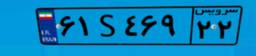
۶۱S۴۶۹۲۲